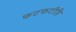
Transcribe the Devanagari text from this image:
फटफटीहि